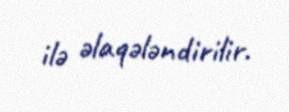
ilə əlaqələndirilir.